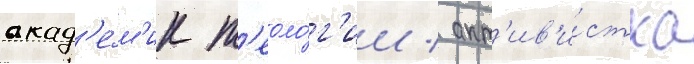
акад'е́м'ик т'еоло́г'ии / акт'ив'и́стка